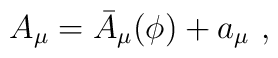
A_\mu=\bar{A}_\mu (\phi)+a_\mu\ ,